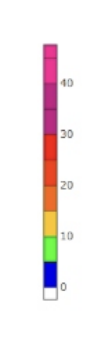
Blue: 0 to 5
Green: 5 to 10
Yellow: 10 to 15
Orange: 15 to 20
Dark Orange: 20 to 25
Red: 25 to 30
Magenta: 30 to 40
Pink: 40 to 58